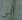
أبي